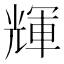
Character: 輝